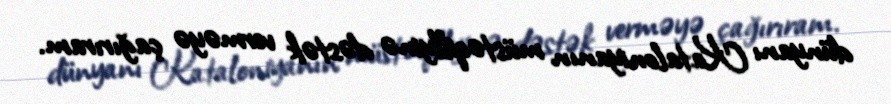
dünyanı Kataloniyanın müstəqillyinə dəstək verməyə çağırıram.